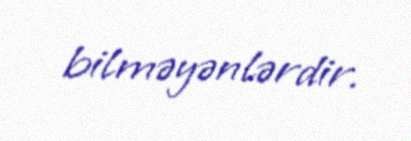
bilməyənlərdir.